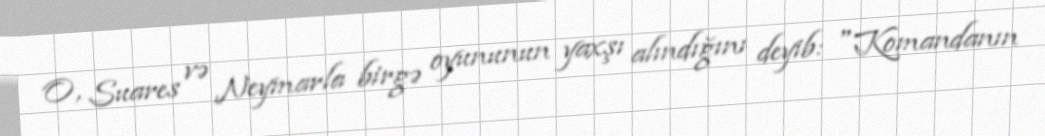
O, Suares və Neymarla birgə oyununun yaxşı alındığını deyib: "Komandanın